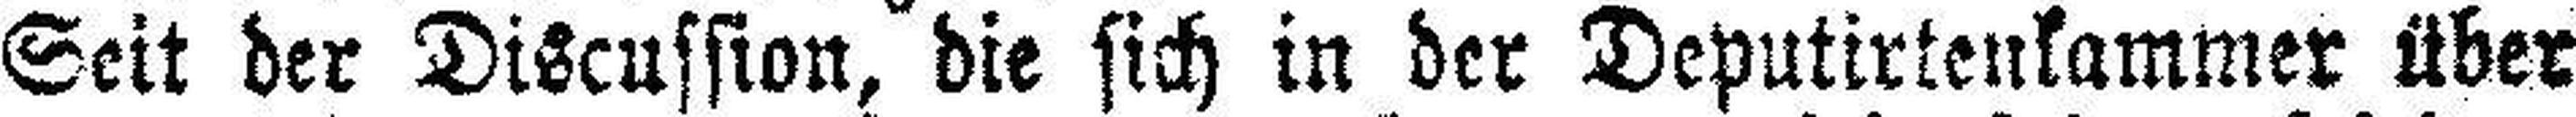
Seit der Discussion, die sich in der Deputirtenkammer über